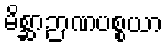
မိစ္ဆာဉာဏပစ္စယာ